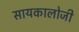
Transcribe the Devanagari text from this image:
सायकालोजी